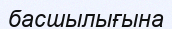
басшылығына